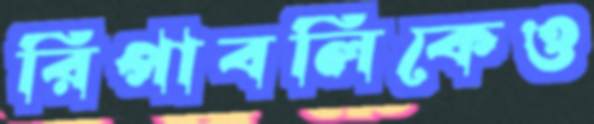
রিপাবলিকেও